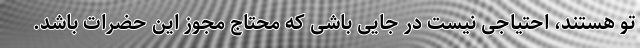
تو هستند، احتیاجی نیست در جایی باشی که محتاج مجوز این حضرات باشد.